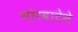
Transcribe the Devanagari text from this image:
चोरवाटेने